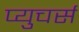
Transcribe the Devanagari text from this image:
प्युचर्स